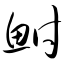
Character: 鲋